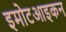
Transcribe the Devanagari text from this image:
इमोटआइकन